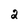
Character: 2